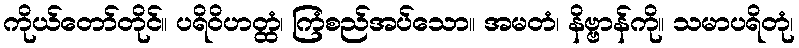
ကိုယ်တော်တိုင်။ ပရိဝိဟတ္ထံ၊ ကြံစည်အပ်သော။ အမတံ၊ နိဗ္ဗာန်ကို။ သမာပရိတုံ၊